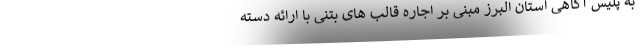
به پلیس آگاهی استان البرز مبنی بر اجاره قالب های بتنی با ارائه دسته